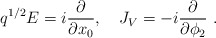
\begin{align*}q^{1/2}E=i{\partial\over\partial x_0},\quad J_V=-i{\partial\over\partial \phi_2} \ .\end{align*}